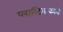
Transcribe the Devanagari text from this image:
प्लास्टिककारी